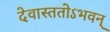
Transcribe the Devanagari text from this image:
देवास्ततोऽभवन्